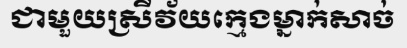
ជាមួយស្រីវ័យក្មេងម្នាក់សាច់